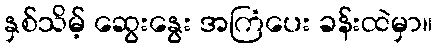
နှစ်သိမ့် ဆွေးနွေး အကြံပေး ခန်းထဲမှာ။